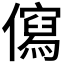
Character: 𭀄